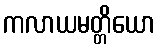
ကလာယမတ္တိယော